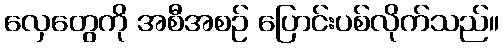
လှေတွေကို အစီအစဉ် ပြောင်းပစ်လိုက်သည်။